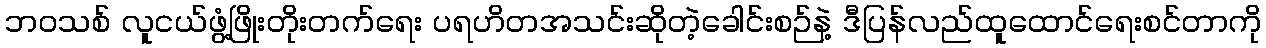
ဘဝသစ် လူငယ်ဖွံ့ဖြိုးတိုးတက်ရေး ပရဟိတအသင်းဆိုတဲ့ခေါင်းစဉ်နဲ့ ဒီပြန်လည်ထူထောင်ရေးစင်တာကို